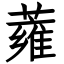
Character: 蕹